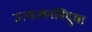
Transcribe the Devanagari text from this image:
उत्कलनबिंदूचा